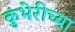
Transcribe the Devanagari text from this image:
कुंभेरीच्या